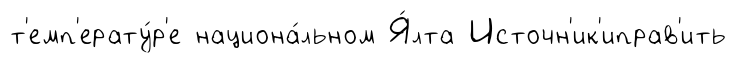
т'емп'ерату́р'е национа́льном Я́лта Источн'ик'иправ'ить